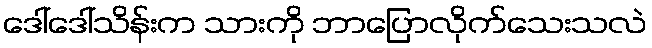
ဒေါ်ဒေါ်သိန်းက သားကို ဘာပြောလိုက်သေးသလဲ